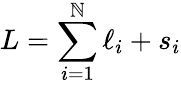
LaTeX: L=\sum_{i=1}^{\mathbb{N}}\ell_{i}+s_{i}